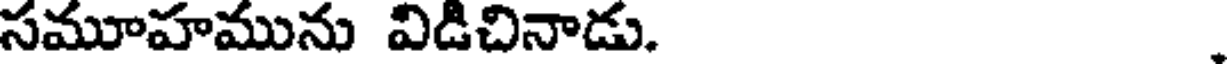
సమూహమును విడిచినాడు.